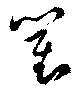
瞿